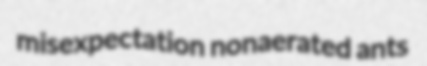
misexpectation nonaerated ants